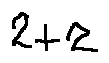
2 + 2